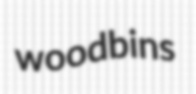
woodbins